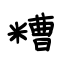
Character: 糟